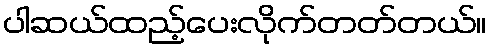
ပါဆယ်ထည့်ပေးလိုက်တတ်တယ်။